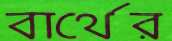
বার্থের